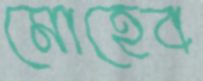
মোহেব